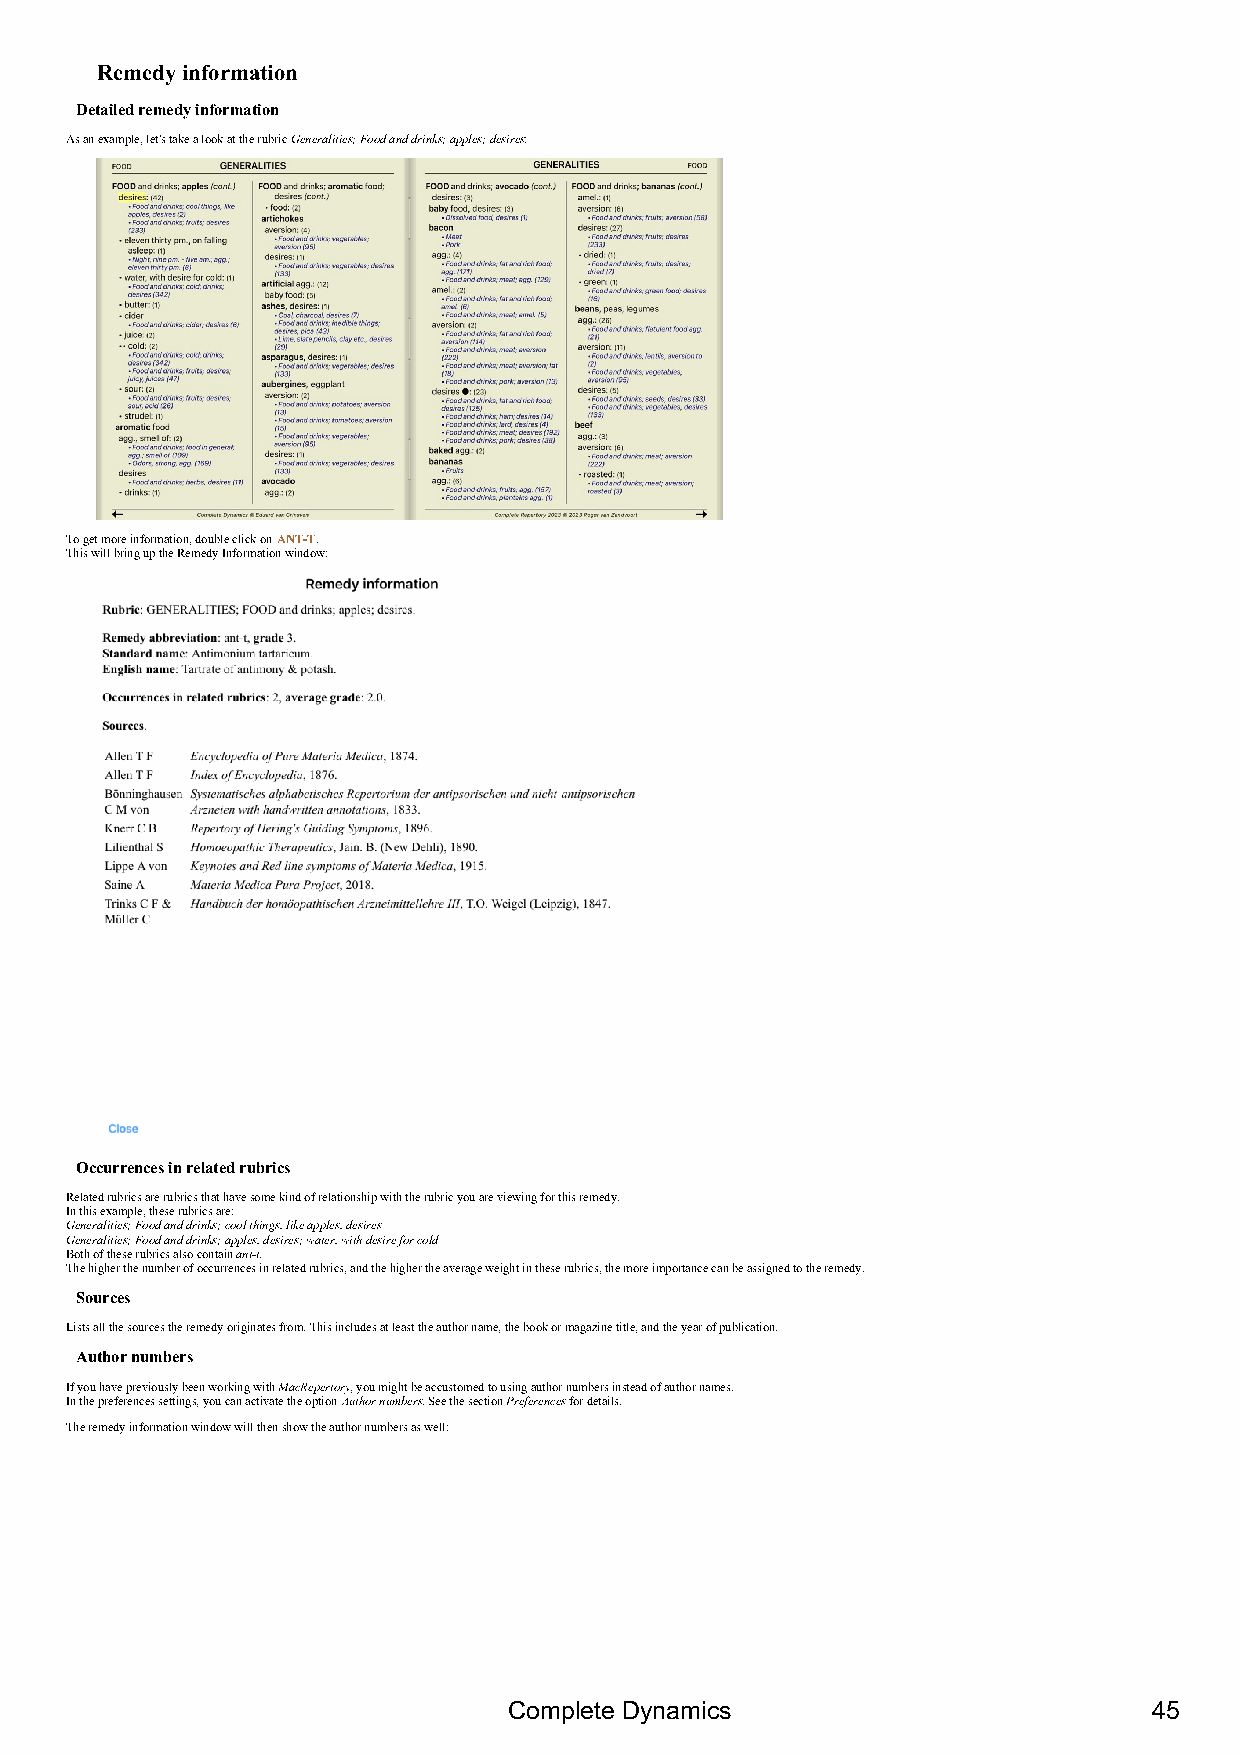
Remedy information
 Detailed remedy information
 As an example, let's take a look at the rubric Generalities; Food and drinks; apples; desires:
 To get more information, double click on ANT-T.
 This will bring up the Remedy Information window:
 Occurrences in related rubrics
 Related rubrics are rubrics that have some kind of relationship with the rubric you are viewing for this remedy.
 In this example, these rubrics are:
 Generalities; Food and drinks; cool things, like apples, desires
 Generalities; Food and drinks; apples, desires; water, with desire for cold
 Both of these rubrics also contain ant-t.
 The higher the number of occurrences in related rubrics, and the higher the average weight in these rubrics, the more importance can be assigned to the remedy.
 Sources
 Lists all the sources the remedy originates from. This includes at least the author name, the book or magazine title, and the year of publication.
 Author numbers
 If you have previously been working with MacRepertory, you might be accustomed to using author numbers instead of author names.
 In the preferences settings, you can activate the option Author numbers. See the section Preferences for details.
 The remedy information window will then show the author numbers as well:
 Complete Dynamics                         45